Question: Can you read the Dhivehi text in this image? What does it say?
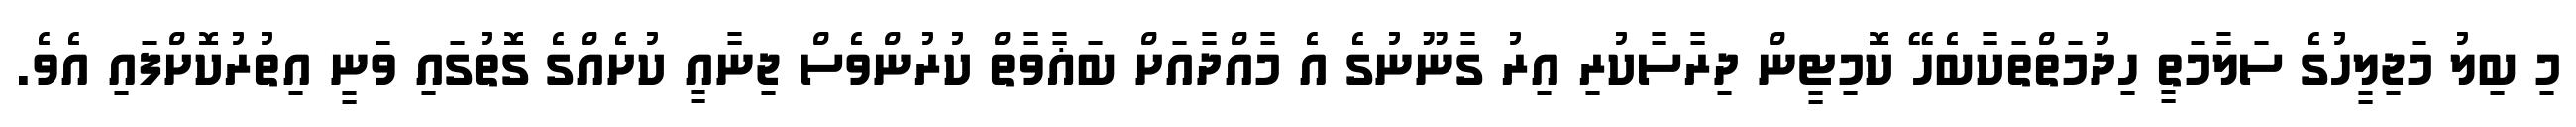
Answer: މި ބިލު މަޖިލީހުގެ ސަލާމަތީ ހިދުމަތްތަކާބެހޭ ކޮމިޓީން ދިރާސާކުރި އިރު ގާނޫނުގެ އެ މާއްދާއަށް ބަޣާވާތް ކުރުންވެސް ޖިނާއީ ކުށެއްގެ ގޮތުގައި ވަނީ އިތުރުކޮށްފައި އެވެ.